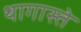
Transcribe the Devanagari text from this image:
थागास्ते